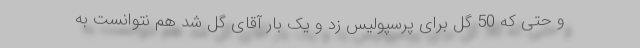
و حتی که 50 گل برای پرسپولیس زد و یک بار آقای گل شد هم نتوانست به